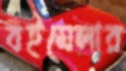
বইমেলার